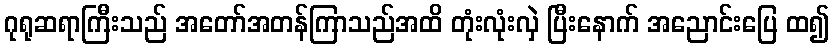
ဂုရုဆရာကြီးသည် အတော်အတန်ကြာသည်အထိ တုံးလုံးလှဲ ပြီးနောက် အညောင်းပြေ ထ၍